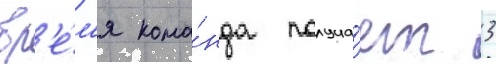
вр'е́м'я кома́нда получа́ет 3